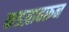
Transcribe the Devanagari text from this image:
कडय़ावरून